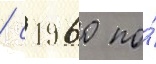
/ с 1960 по́